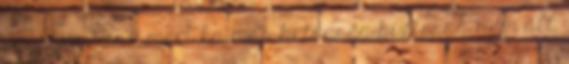
vagy jógázni, mert ha más betegség biztosan nem áll